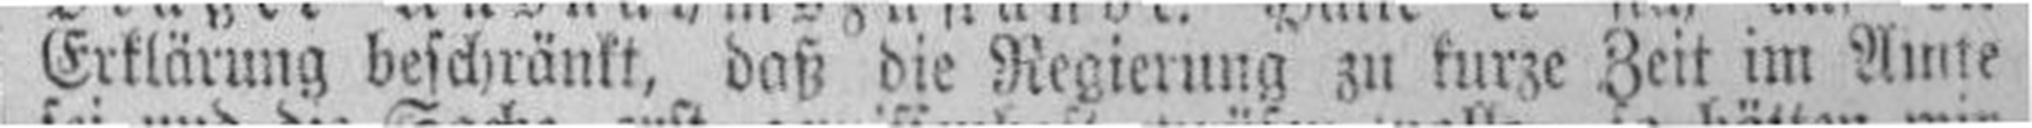
Erklärung beschränkt, daß die Regierung zu kurze Zeit im Amte